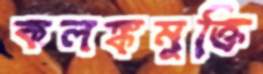
কলঙ্কমুক্তি